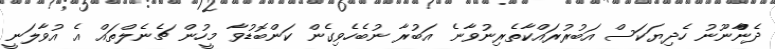
ދެންްާނޫނު ހެދިޔަކަސް އަބުރުރައްކާތެރިނުވާނެ އަބުރާ ނުބެހެވިގެން ކަންބޮޑުވާ މީހުން ޗެނެލްތައް އެ އުވާލަނީ